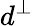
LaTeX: d^{\perp}